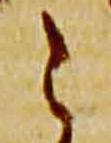
之